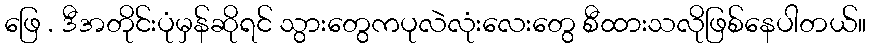
ဖြေ . ဒီအတိုင်းပုံမှန်ဆိုရင် သွားတွေကပုလဲလုံးလေးတွေ စီထားသလိုဖြစ်နေပါတယ်။